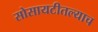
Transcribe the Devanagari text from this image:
सोसायटीतल्याच